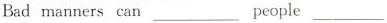
Bad manners can ___ people ___